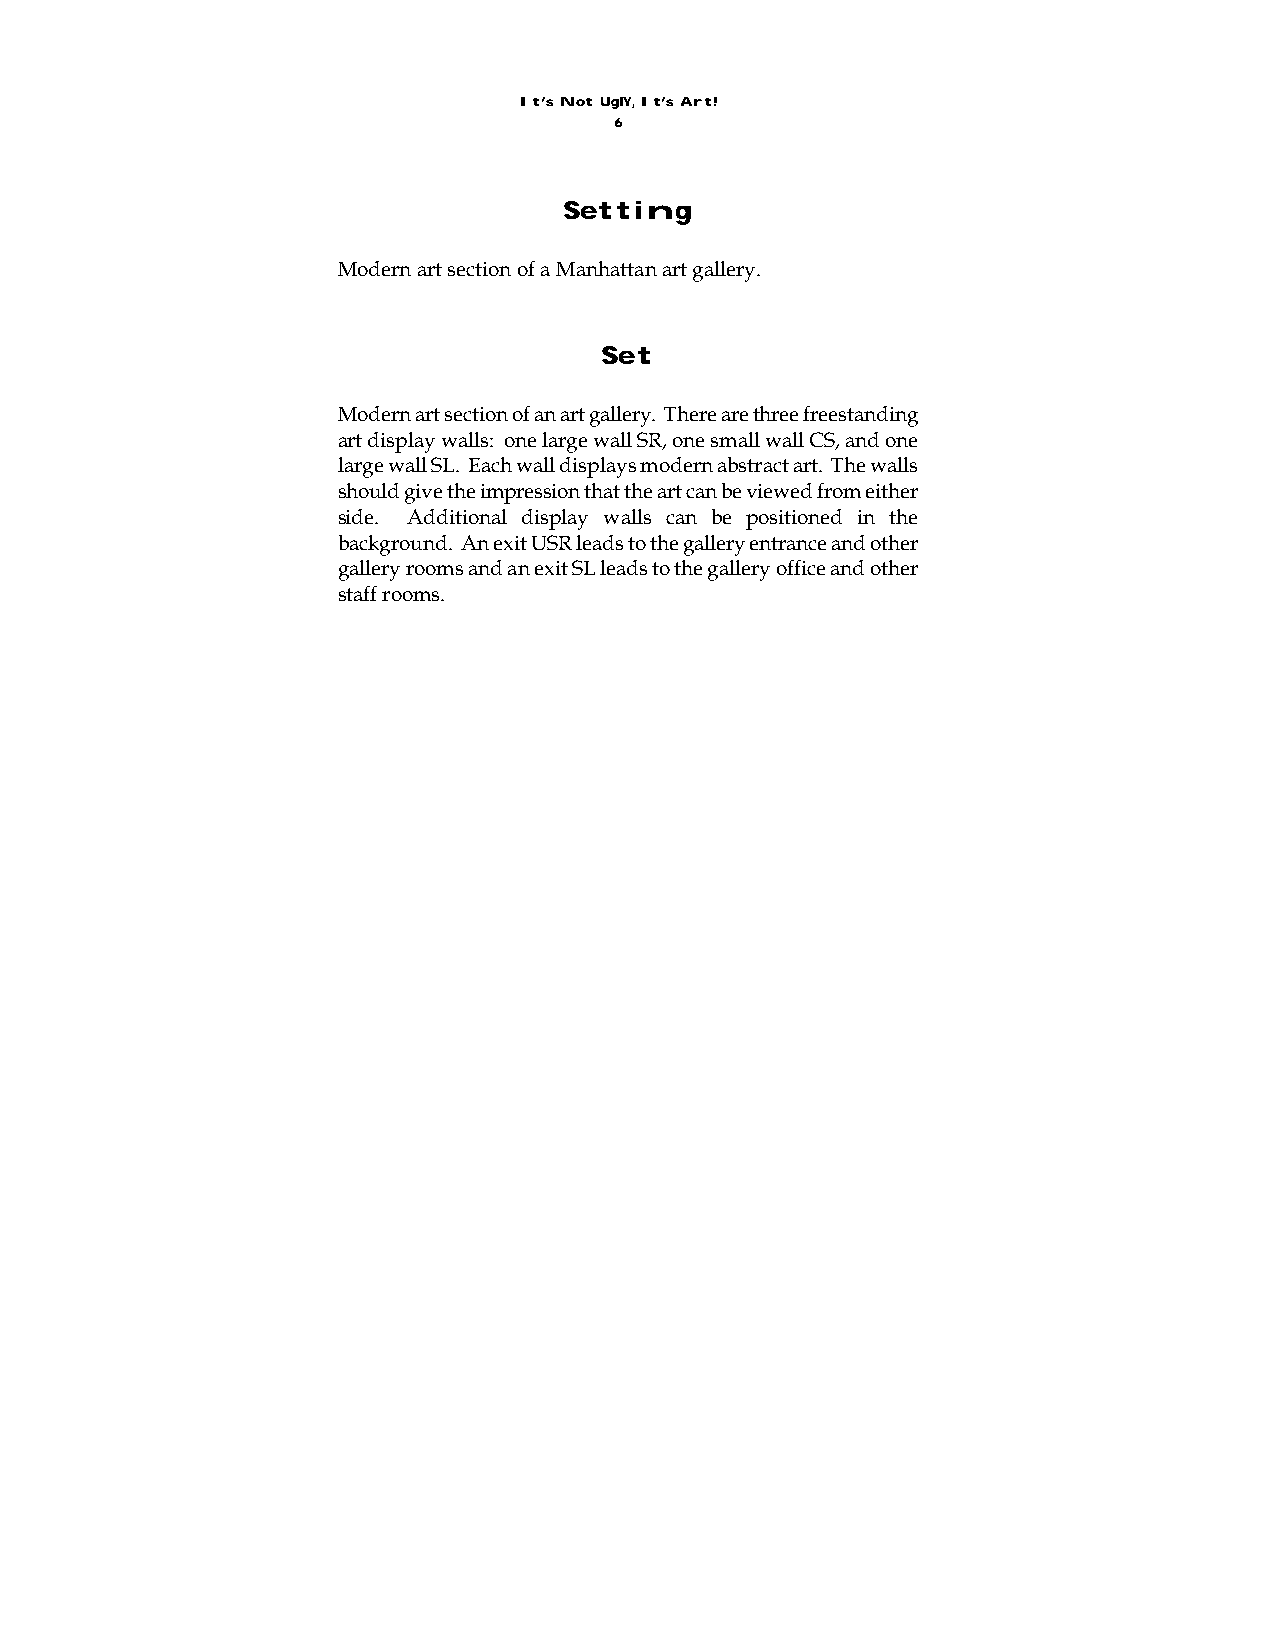
It’s Not UglY, It’s Art!
 6
 Setting
 Modern art section of a Manhattan art gallery.
 Set
 Modern art section of an art gallery. There are three freestanding
 art display walls: one large wall SR, one small wall CS, and one
 large wall SL. Each wall displays modern abstract art. The walls
 should give the impression that the art can be viewed from either
 side. Additional display walls can be positioned in the
 background. An exit USR leads to the gallery entrance and other
 gallery rooms and an exit SL leads to the gallery office and other
 staff rooms.